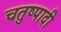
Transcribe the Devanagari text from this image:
चतुष्पादी